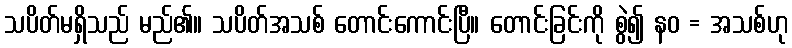
သပိတ်မရှိသည် မည်၏။ သပိတ်အသစ် တောင်းကောင်းပြီ။ တောင်းခြင်းကို စွဲ၍ နဝ = အသစ်ဟု